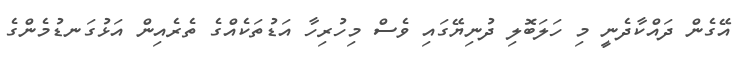
އޭގެން ދައްކާދެނީ މި ހަލަބޮލި ދުނިޔޭގައި ވެސް މިހުރިހާ އަޑުތަކެއްގެ ތެރެއިން އަޅުގަނޑުމެންގެ